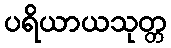
ပရိယာယသုတ္တ